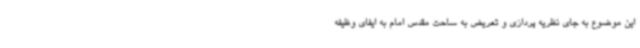
این موضوع به جای نظریه پردازی و تعریض به ساحت مقدس امام به ایفای وظیفه